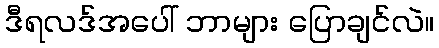
ဒီရလဒ်အပေါ် ဘာများ ပြောချင်လဲ။